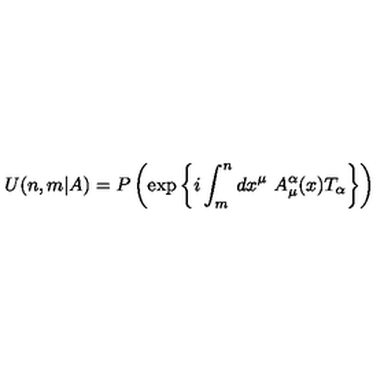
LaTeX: U ( n , m \vert A ) = P \left( \exp \left\{ i \int _ { m } ^ { n } d x ^ { \mu } \ A _ { \mu } ^ { \alpha } ( x ) T _ { \alpha } \right\} \right)